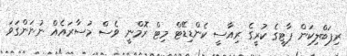
ރިޕަބްލިކަން ޕާޓީގެ ކުރީގެ ރިއާސީ ކެންޑިޑޭޓް މިޓް ރޮމްނީ ވެސް މުސާރައެއް ނުނަންގަވަ